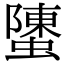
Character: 螴